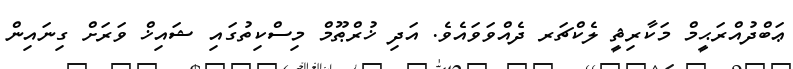
ޢަބްދުއްރަޙީމް މަކާރިޘީ ލެކްޗަރ ދެއްވަވައެވެ. އަދި ޚުރްޠޫމް މިސްކިތުގައި ޝައިޚް ވަރަށް ގިނައިން